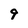
Character: 9